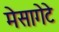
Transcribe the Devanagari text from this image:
मेसागेटे